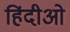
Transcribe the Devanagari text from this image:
हिंदीओ